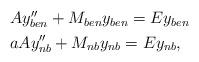
LaTeX: \begin{align*} \begin{aligned} & Ay''_{ben} +M_{ben}y_{ben}=Ey_{ben} \\ & aAy''_{nb} +M_{nb}y_{nb}=Ey_{nb},\end{aligned}\end{align*}